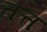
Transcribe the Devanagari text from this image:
तत्त